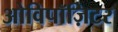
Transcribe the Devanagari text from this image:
ओविपॉज़िटर